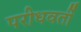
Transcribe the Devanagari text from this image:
परीधवर्ती